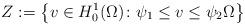
LaTeX: \begin{align*} Z:= \left \{ v \in H_0^1(\Omega) \colon \psi_1 \leq v \leq \psi_2 \Omega\right \}\end{align*}